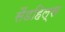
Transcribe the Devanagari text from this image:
सैंडहिल्स